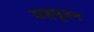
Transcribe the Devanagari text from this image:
सहपूजन